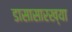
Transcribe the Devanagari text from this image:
डासासारख्या